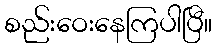
စည်းဝေးနေကြပါပြီ။